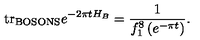
\mathrm { t r } _ { \mathrm { \tiny B O S O N S } } e ^ { - 2 \pi t H _ { B } } = \frac { 1 } { f _ { 1 } ^ { 8 } \left( e ^ { - \pi t } \right) } .